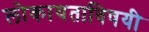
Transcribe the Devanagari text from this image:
लोकायताविषयी